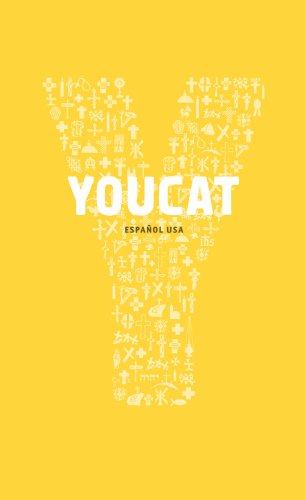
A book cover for Youcat Espanol (Spanish Edition); Cardinal Christoph Schoenborn (editor); Christian Books & Bibles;